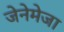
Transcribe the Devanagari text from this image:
जेनेमेजा